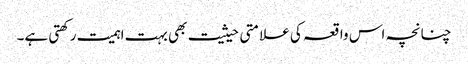
چنانچہ اس واقعہ کی علامتی حیثیت بھی بہت اہمیت رکھتی ہے۔